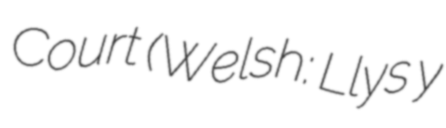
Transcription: Court (Welsh: Llys y